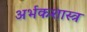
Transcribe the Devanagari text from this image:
अर्भकशास्त्र